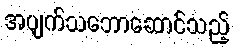
အပျက်သဘောဆောင်သည့်